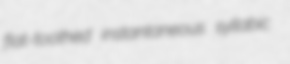
flat-toothed instantaneous syllabic